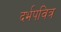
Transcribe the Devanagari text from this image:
दर्भपवित्र